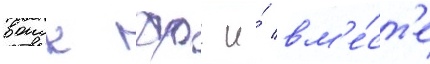
воиск фрг и́ вм'е́ст'е